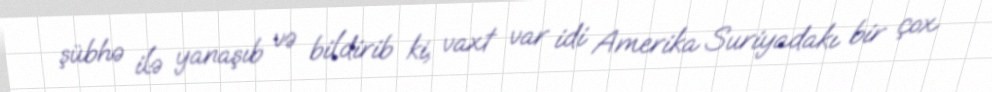
şübhə ilə yanaşıb və bildirib ki, vaxt var idi Amerika Suriyadakı bir çox